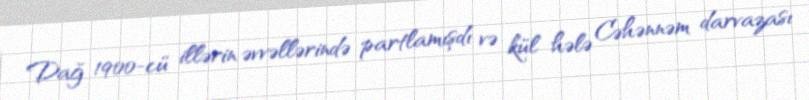
Dağ 1900-cü illərin əvvəllərində partlamışdı və kül hələ Cəhənnəm darvazası